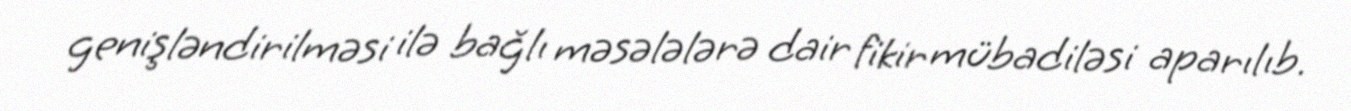
genişləndirilməsi ilə bağlı məsələlərə dair fikir mübadiləsi aparılıb.